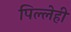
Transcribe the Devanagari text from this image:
पिल्लेही